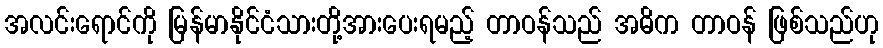
အလင်းရောင်ကို မြန်မာနိုင်ငံသားတို့အားပေးရမည့် တာဝန်သည် အဓိက တာဝန် ဖြစ်သည်ဟု